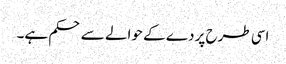
اسی طرح پردے کے حوالے سے حکم ہے۔